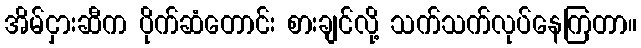
အိမ်ငှားဆီက ပိုက်ဆံတောင်း စားချင်လို့ သက်သက်လုပ်နေကြတာ။